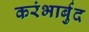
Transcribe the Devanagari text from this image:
करंभार्बुद